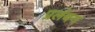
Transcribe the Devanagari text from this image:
प्रलंबन